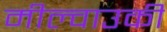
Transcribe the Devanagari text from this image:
मील्वाउकी